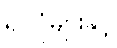
ရုပ်ပုံများနှင့်